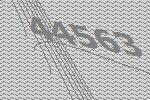
44563